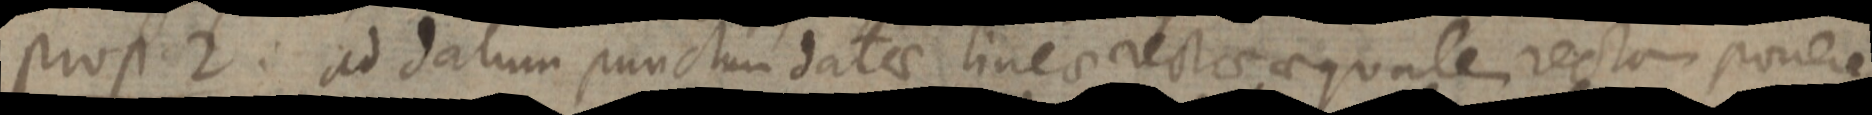
prop. 2: ad datum punctum datae linea rectae aequales rectam ponere